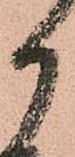
御